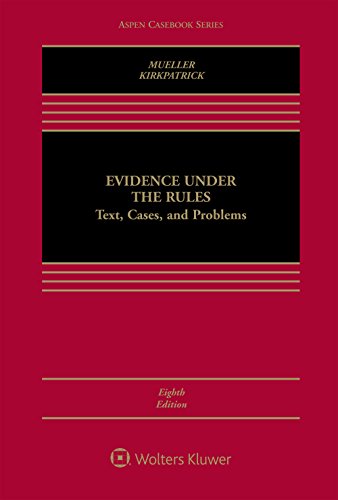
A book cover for Evidence Under the Rules (Aspen Casebook Series); Christopher B. Mueller; Law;